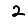
Digit: 2